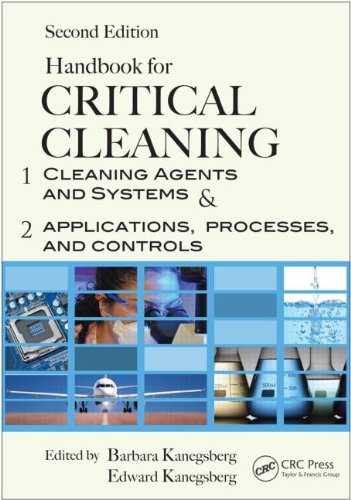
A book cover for Handbook for Critical Cleaning, Second Edition - 2 Volume Set; Science & Math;